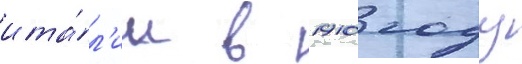
ита́л'ии в 1910 году